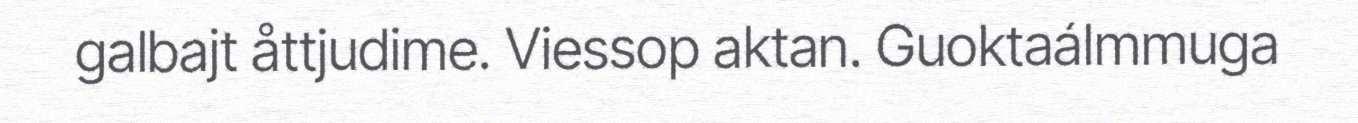
galbajt åttjudime. Viessop aktan. Guoktaálmmuga